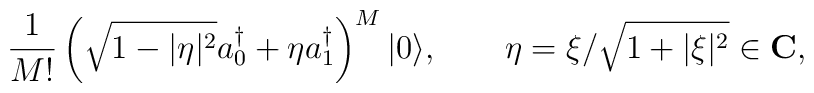
{1\over{M!}}\left(\sqrt{1-|\eta|^2}a_0^\dagger +\eta     a_1^\dagger\right)^M|0\rangle,\qquad \eta=\xi/\sqrt{1+|\xi|^2}\in     \mathbf{C},